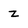
Character: z